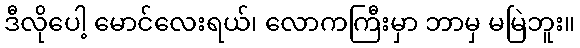
ဒီလိုပေါ့ မောင်လေးရယ်၊ လောကကြီးမှာ ဘာမှ မမြဲဘူး။